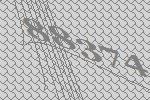
88374